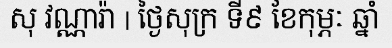
សុ វណ្ណារ៉ា | ថ្ងៃសុក្រ ទី៩ ខែកុម្ភៈ ឆ្នាំ